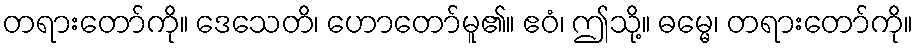
တရားတော်ကို။ ဒေသေတိ၊ ဟောတော်မူ၏။ ဧဝံ၊ ဤသို့။ ဓမ္မေ၊ တရားတော်ကို။